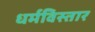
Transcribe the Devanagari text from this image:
धर्मविस्तार